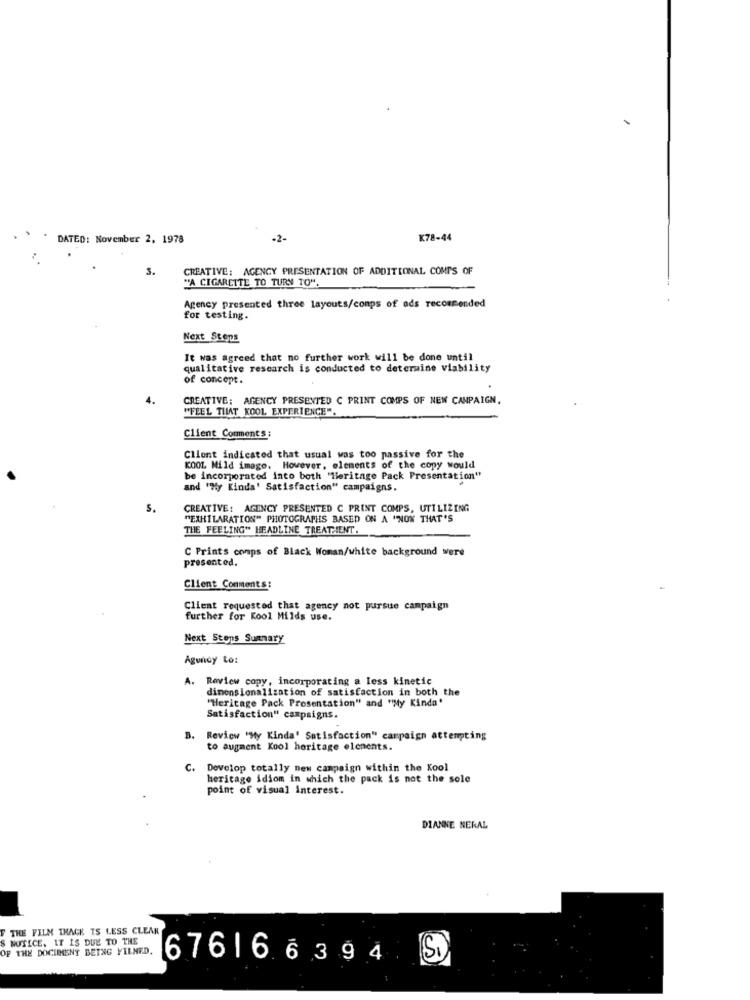
DATED: November 2, 1978
.2-
K78-44
3.
CREATIVE: AGENCY PRESENTATION OF ADDITIONAL COMPS OF
"A CIGARETTE TO TURN TO".
Agency presented three layouts/conps of ads recommended
for testing.
Next Steps
It was agreed that no further work will be done until
qualitative research is conducted to determine viability
of concept.
CREATIVE: AGENCY PRESENTED C PRINT COMPS OF NEW CAMPAIGN.
"FEEL THAT KOOL EXPERIENCE"
Client Comments:
Client indicated that usual was too passive for the
KOOL Mild image. However, elements of the copy would
be incorporated into both 'Heritage Pack Presentation"
and "My Kinda' Satisfaction" campaigns.
5.
CREATIVE: AGENCY PRESENTED C PRINT COMPS, UTILIZING
"EXHILARATION" PHOTOGRAPHS BASED ON A "NOW THAT'S
THE FEELING" HEADLINE TREATHIENT.
C Prints comps of Black Woman/white background were
presented.
Client Comments:
Client requested that agency not pursue campaign
further for Kool Milds use.
Next Steps Summary
Ågundy to:
A. Review copy, incorporating a less kinetic
dimensionalization of satisfaction in both the
"Heritage Pack Presentation" and "My Kindn'
Satisfaction" campaigns.
B. Review "My Kinda' Satisfaction" campaign attempting
to augment Kool heritage elenents.
C. Develop totally new campaign within the Kool
heritage idiom in which the pack is not the sole
point of visual interest.
DIANNE NERAL
THE FILM THACK. IS LESS CLEAR
NOTICE. IT IS DUE TO THE
OF THE DOCUMENT BEING YILNED.
S.
676166394